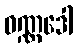
ဝဏ္ဏဒေါ